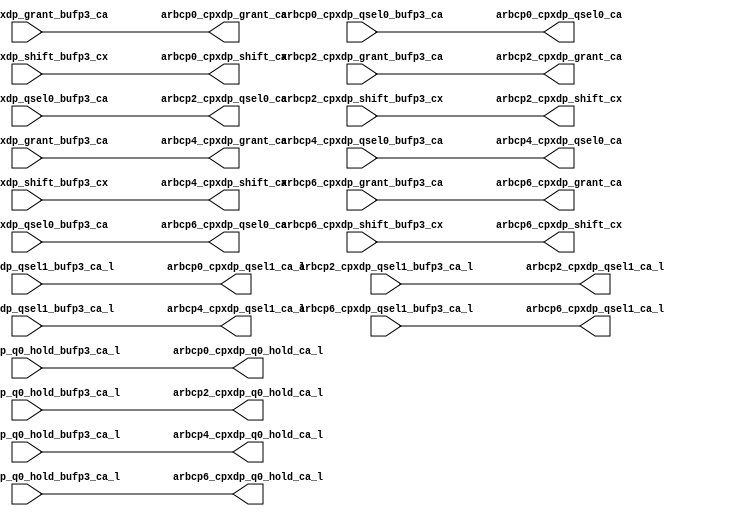
module cpx_buf_pdr_even(/*AUTOARG*/
   // Outputs
   arbcp0_cpxdp_grant_ca, arbcp0_cpxdp_q0_hold_ca_l, 
   arbcp0_cpxdp_qsel0_ca, arbcp0_cpxdp_qsel1_ca_l, 
   arbcp0_cpxdp_shift_cx, arbcp2_cpxdp_grant_ca, 
   arbcp2_cpxdp_q0_hold_ca_l, arbcp2_cpxdp_qsel0_ca, 
   arbcp2_cpxdp_qsel1_ca_l, arbcp2_cpxdp_shift_cx, 
   arbcp4_cpxdp_grant_ca, arbcp4_cpxdp_q0_hold_ca_l, 
   arbcp4_cpxdp_qsel0_ca, arbcp4_cpxdp_qsel1_ca_l, 
   arbcp4_cpxdp_shift_cx, arbcp6_cpxdp_grant_ca, 
   arbcp6_cpxdp_q0_hold_ca_l, arbcp6_cpxdp_qsel0_ca, 
   arbcp6_cpxdp_qsel1_ca_l, arbcp6_cpxdp_shift_cx, 
   // Inputs
   arbcp0_cpxdp_grant_bufp3_ca, arbcp0_cpxdp_q0_hold_bufp3_ca_l, 
   arbcp0_cpxdp_qsel0_bufp3_ca, arbcp0_cpxdp_qsel1_bufp3_ca_l, 
   arbcp0_cpxdp_shift_bufp3_cx, arbcp2_cpxdp_grant_bufp3_ca, 
   arbcp2_cpxdp_q0_hold_bufp3_ca_l, arbcp2_cpxdp_qsel0_bufp3_ca, 
   arbcp2_cpxdp_qsel1_bufp3_ca_l, arbcp2_cpxdp_shift_bufp3_cx, 
   arbcp4_cpxdp_grant_bufp3_ca, arbcp4_cpxdp_q0_hold_bufp3_ca_l, 
   arbcp4_cpxdp_qsel0_bufp3_ca, arbcp4_cpxdp_qsel1_bufp3_ca_l, 
   arbcp4_cpxdp_shift_bufp3_cx, arbcp6_cpxdp_grant_bufp3_ca, 
   arbcp6_cpxdp_q0_hold_bufp3_ca_l, arbcp6_cpxdp_qsel0_bufp3_ca, 
   arbcp6_cpxdp_qsel1_bufp3_ca_l, arbcp6_cpxdp_shift_bufp3_cx
   );


   output 		arbcp0_cpxdp_grant_ca		;	
   output 		arbcp0_cpxdp_q0_hold_ca_l		;
   output 		arbcp0_cpxdp_qsel0_ca		;	
   output 		arbcp0_cpxdp_qsel1_ca_l		;	
   output 		arbcp0_cpxdp_shift_cx		;	

   output 		arbcp2_cpxdp_grant_ca		;	
   output 		arbcp2_cpxdp_q0_hold_ca_l		;
   output 		arbcp2_cpxdp_qsel0_ca		;	
   output 		arbcp2_cpxdp_qsel1_ca_l		;	
   output 		arbcp2_cpxdp_shift_cx		;	

   output 		arbcp4_cpxdp_grant_ca		;	
   output 		arbcp4_cpxdp_q0_hold_ca_l		;
   output 		arbcp4_cpxdp_qsel0_ca		;	
   output 		arbcp4_cpxdp_qsel1_ca_l		;	
   output 		arbcp4_cpxdp_shift_cx		;	

   output 		arbcp6_cpxdp_grant_ca		;	
   output 		arbcp6_cpxdp_q0_hold_ca_l		;
   output 		arbcp6_cpxdp_qsel0_ca		;	
   output 		arbcp6_cpxdp_qsel1_ca_l		;	
   output 		arbcp6_cpxdp_shift_cx		;	
   
   
   input 		arbcp0_cpxdp_grant_bufp3_ca;	
   input 		arbcp0_cpxdp_q0_hold_bufp3_ca_l;
   input 		arbcp0_cpxdp_qsel0_bufp3_ca;	
   input 		arbcp0_cpxdp_qsel1_bufp3_ca_l;	
   input 		arbcp0_cpxdp_shift_bufp3_cx;	

   input 		arbcp2_cpxdp_grant_bufp3_ca;	
   input 		arbcp2_cpxdp_q0_hold_bufp3_ca_l;
   input 		arbcp2_cpxdp_qsel0_bufp3_ca;	
   input 		arbcp2_cpxdp_qsel1_bufp3_ca_l;	
   input 		arbcp2_cpxdp_shift_bufp3_cx;	

   input 		arbcp4_cpxdp_grant_bufp3_ca;	
   input 		arbcp4_cpxdp_q0_hold_bufp3_ca_l;
   input 		arbcp4_cpxdp_qsel0_bufp3_ca;	
   input 		arbcp4_cpxdp_qsel1_bufp3_ca_l;	
   input 		arbcp4_cpxdp_shift_bufp3_cx;	

   input 		arbcp6_cpxdp_grant_bufp3_ca;	
   input 		arbcp6_cpxdp_q0_hold_bufp3_ca_l;
   input 		arbcp6_cpxdp_qsel0_bufp3_ca;	
   input 		arbcp6_cpxdp_qsel1_bufp3_ca_l;	
   input 		arbcp6_cpxdp_shift_bufp3_cx;	
   


   assign		arbcp0_cpxdp_grant_ca	   =        arbcp0_cpxdp_grant_bufp3_ca;           
   assign		arbcp0_cpxdp_q0_hold_ca_l  =        arbcp0_cpxdp_q0_hold_bufp3_ca_l;  
   assign		arbcp0_cpxdp_qsel0_ca	   =        arbcp0_cpxdp_qsel0_bufp3_ca;      
   assign		arbcp0_cpxdp_qsel1_ca_l	   =        arbcp0_cpxdp_qsel1_bufp3_ca_l;    
   assign		arbcp0_cpxdp_shift_cx	   =        arbcp0_cpxdp_shift_bufp3_cx;      
								                                                   
   assign		arbcp2_cpxdp_grant_ca	   =        arbcp2_cpxdp_grant_bufp3_ca;      	
   assign		arbcp2_cpxdp_q0_hold_ca_l  =        arbcp2_cpxdp_q0_hold_bufp3_ca_l;  
   assign		arbcp2_cpxdp_qsel0_ca	   =        arbcp2_cpxdp_qsel0_bufp3_ca;      
   assign		arbcp2_cpxdp_qsel1_ca_l	   =        arbcp2_cpxdp_qsel1_bufp3_ca_l;    
   assign		arbcp2_cpxdp_shift_cx	   =        arbcp2_cpxdp_shift_bufp3_cx;      
								                                                   
   assign		arbcp4_cpxdp_grant_ca	   =        arbcp4_cpxdp_grant_bufp3_ca;      	
   assign		arbcp4_cpxdp_q0_hold_ca_l  =        arbcp4_cpxdp_q0_hold_bufp3_ca_l;  
   assign		arbcp4_cpxdp_qsel0_ca	   =        arbcp4_cpxdp_qsel0_bufp3_ca;      
   assign		arbcp4_cpxdp_qsel1_ca_l	   =        arbcp4_cpxdp_qsel1_bufp3_ca_l;    
   assign		arbcp4_cpxdp_shift_cx	   =        arbcp4_cpxdp_shift_bufp3_cx;      
								                                                   
   assign		arbcp6_cpxdp_grant_ca	   =        arbcp6_cpxdp_grant_bufp3_ca;      	
   assign		arbcp6_cpxdp_q0_hold_ca_l  =        arbcp6_cpxdp_q0_hold_bufp3_ca_l;  
   assign		arbcp6_cpxdp_qsel0_ca	   =        arbcp6_cpxdp_qsel0_bufp3_ca;      
   assign		arbcp6_cpxdp_qsel1_ca_l	   =        arbcp6_cpxdp_qsel1_bufp3_ca_l;    
   assign		arbcp6_cpxdp_shift_cx	   =        arbcp6_cpxdp_shift_bufp3_cx;         


   

endmodule